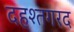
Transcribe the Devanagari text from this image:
दहश्तगरद